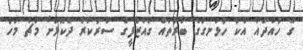
ގެ ހުއްދައާ އެކު ހުޅަނގުގެ ބާރުތައް ގައްޒާފީގެ ސަރުކާރާ ދެކޮޅަށް މާޗް މަހު